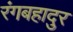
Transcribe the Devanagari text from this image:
रंगबहादुर